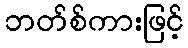
ဘတ်စ်ကားဖြင့်